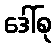
ဒေါ်စု